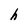
Character: h